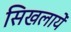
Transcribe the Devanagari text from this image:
सिखलायें